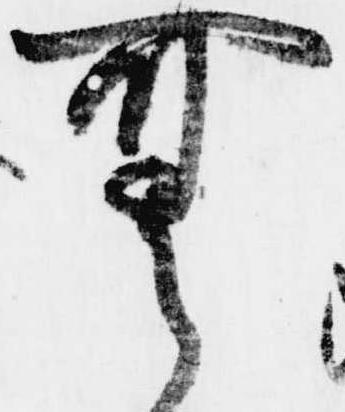
無